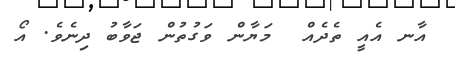
އާނ އެއީ ތެދެއް  މަޔާން ވަގުތުން ޖަވާބު ދިނެވެ. އޯ